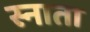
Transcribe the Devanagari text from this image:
स्नाता